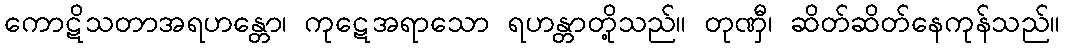
ကောဋိသတာအရဟန္တော၊ ကုဋေအရာသော ရဟန္တာတို့သည်။ တုဏှီ၊ ဆိတ်ဆိတ်နေကုန်သည်။